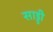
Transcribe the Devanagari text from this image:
साड्डी